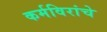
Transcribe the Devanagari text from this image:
कर्मविरांचे